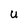
Character: U